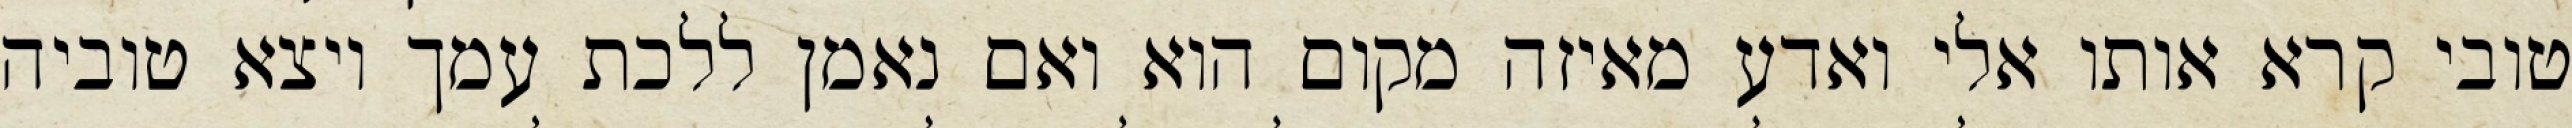
טובי קרא אותו אלי ואדע מאיזה מקום הוא ואם נאמן ללכת עמך ויצא טוביה